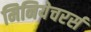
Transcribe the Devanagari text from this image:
मिनियेचरर्स